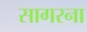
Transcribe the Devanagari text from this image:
सागरना